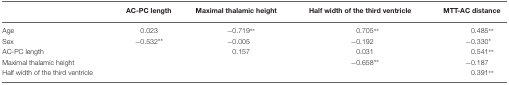
<table><thead><tr><td></td><td><b>AC-PC length</b></td><td><b>Maximal thalamic height</b></td><td><b>Half width of the third ventricle</b></td><td><b>MTT-AC distance</b></td></tr></thead><tbody><tr><td>Age</td><td>0.023</td><td>−0.719**</td><td>0.705**</td><td>0.485**</td></tr><tr><td>Sex</td><td>−0.532**</td><td>−0.005</td><td>−0.192</td><td>−0.330*</td></tr><tr><td>AC-PC length</td><td></td><td>0.157</td><td>0.031</td><td>0.541**</td></tr><tr><td>Maximal thalamic height</td><td></td><td></td><td>−0.658**</td><td>−0.187</td></tr><tr><td>Half width of the third ventricle</td><td></td><td></td><td></td><td>0.391**</td></tr></tbody></table>